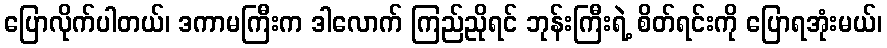
ပြောလိုက်ပါတယ်၊ ဒကာမကြီးက ဒါလောက် ကြည်ညိုရင် ဘုန်းကြီးရဲ့ စိတ်ရင်းကို ပြောရအုံးမယ်၊